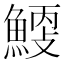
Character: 𩹐